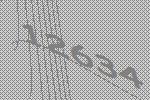
12634